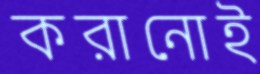
করানোই